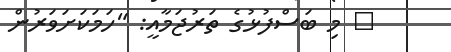
٥ މި ބަސްފުޅުގެ ތަރުޖަމާއީ: "ހަމަކަށަވަރުން